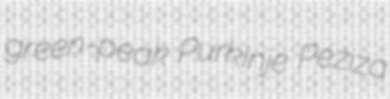
green-peak Purkinje Peziza